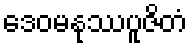
ဒေဝမနုဿပူဇိတံ